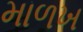
માળખ